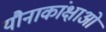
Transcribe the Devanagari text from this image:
यौनाकांक्षाओं